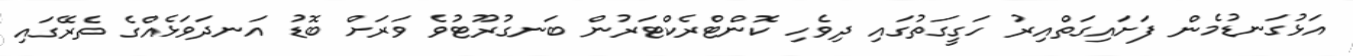
އަޅުގަނޑުމެން ފަށައިގަތްއިރު ހަގީގަތުގައި ދިވެހި ކޮންޓްރެކްޓަރުން ބަނގުރޫޓުވެ ވަރަށް ބޮޑު އަނދަވަޅެއްގެ ތެރޭގައި